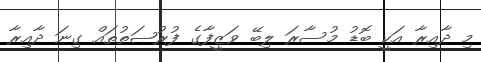
މި ދާއިރާ އަކީ ބޮޑު މުސާރަ ލިބޭ ވަޒީފާގެ ފުރުޞަތުތައް ގިނަ ދާއިރާ